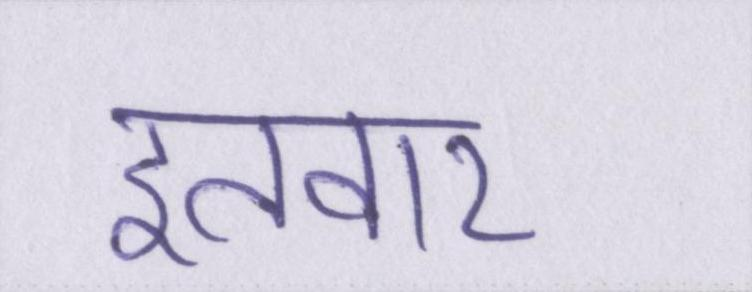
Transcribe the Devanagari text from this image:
इतवार